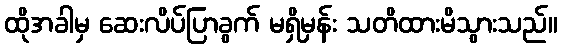
ထိုအခါမှ ဆေးလိပ်ပြာခွက် မရှိမှန်း သတိထားမိသွားသည်။